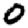
Digit: 0